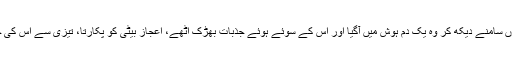
بیٹی کو یوں سامنے دیکھ کر وہ یک دم ہوش میں آگیا اور اس کے سوئے ہوئے جذبات بھڑک اٹھے، اعجاز بیٹی کو پکارتا، تیزی سے اس کی جانب لپکا۔